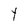
Character: Y